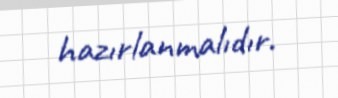
hazırlanmalıdır.